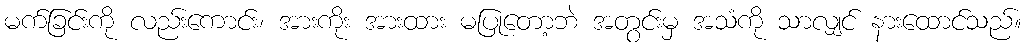
မက်ခြင်းကို လည်းကောင်း၊ အားကိုး အားထား မပြုတော့ဘဲ အတွင်းမှ အသံကို သာလျှင် နားထောင်သည်။